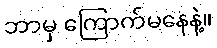
ဘာမှ ကြောက်မနေနဲ့။